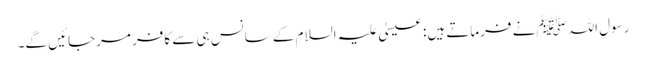
رسول اللہﷺ نے فرماتے ہیں: عیسیٰ علیہ السلام کے سانس ہی سے کافر مرجائیں گے۔